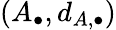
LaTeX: (A_{\bullet},d_{A,\bullet})